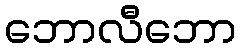
ဘောလီဘော